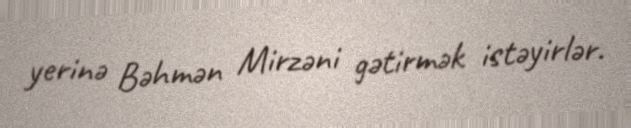
yerinə Bəhmən Mirzəni gətirmək istəyirlər.